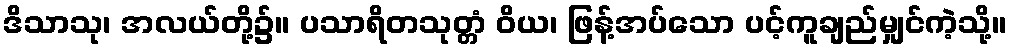
ဒိသာသု၊ အလယ်တို့၌။ ပသာရိတသုတ္တံ ဝိယ၊ ဖြန့်အပ်သော ပင့်ကူချည်မျှင်ကဲ့သို့။